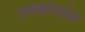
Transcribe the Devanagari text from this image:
उपयोगांत